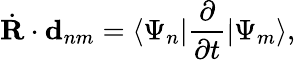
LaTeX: \dot{\textbf{R}}\cdot\textbf{d}_{nm}=\langle\Psi_{n}|\frac{\partial}{\partial t}|\Psi_{m}\rangle,